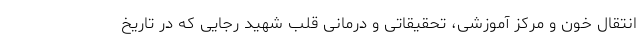
انتقال خون و مرکز آموزشی، تحقیقاتی و درمانی قلب شهید رجایی که در تاریخ